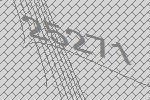
25271